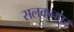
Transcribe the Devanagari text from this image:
सलकनपूर